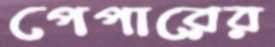
পেপারের